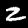
Digit: 2